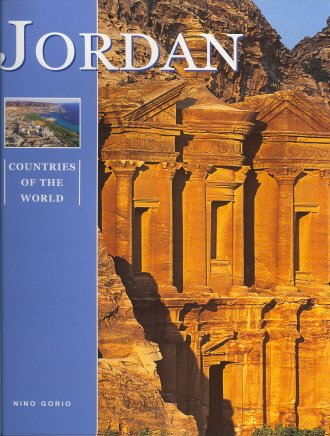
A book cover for Jordan; Nino Gorio; Travel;